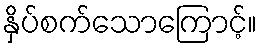
နှိပ်စက်သောကြောင့်။